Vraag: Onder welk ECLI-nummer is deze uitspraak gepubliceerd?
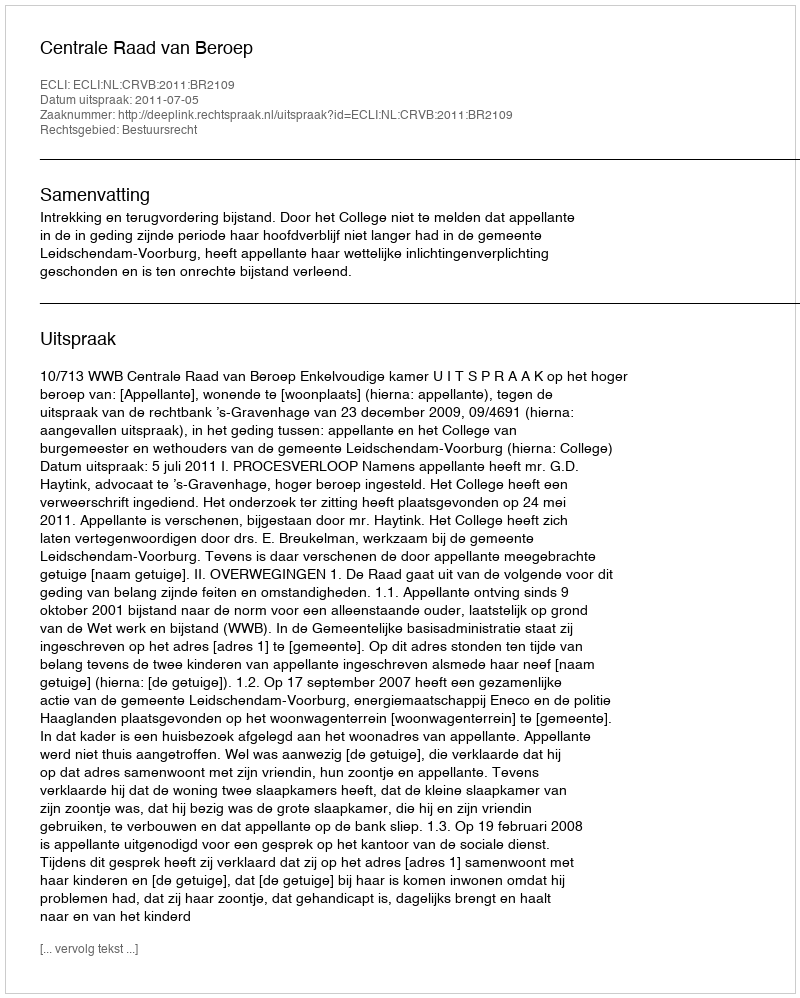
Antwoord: ECLI:NL:CRVB:2011:BR2109